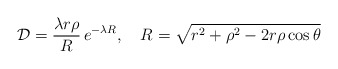
\begin{align*}{\cal D} =\frac{\lambda r\rho}{R}\, e^{-\lambda R}, \quad R=\sqrt{r^2+\rho^2-2r\rho\cos\theta}\end{align*}